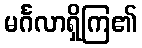
မင်္ဂလာရှိကြ၏